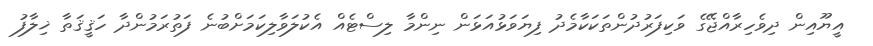
އީޔޫއިން ދިވެހިރާއްޖޭގެ ވަކިފަރުދުންތަކަކާމެދު ފިޔަވަޅުއަޅަން ނިންމާ ލިސްޓެއް އެކުލަވާލިކަމަށްބުނެ ފަތުރަމުންދާ ހަޤީޤަތާ ޚިލާފު